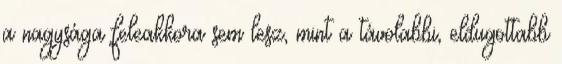
a nagysága feleakkora sem lesz, mint a távolabbi, eldugottabb